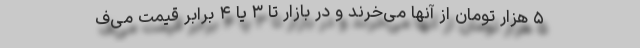
۵ هزار تومان از آنها می‌خرند و در بازار تا ۳ یا ۴ برابر قیمت می‌ف